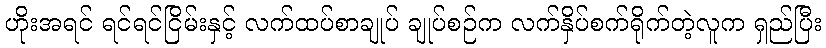
ဟိုးအရင် ရင်ရင်ငြိမ်းနှင့် လက်ထပ်စာချုပ် ချုပ်စဉ်က လက်နှိပ်စက်ရိုက်တဲ့လူက ရှည်ပြီး